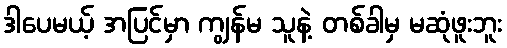
ဒါပေမယ့် အပြင်မှာ ကျွန်မ သူနဲ့ တစ်ခါမှ မဆုံဖူးဘူး